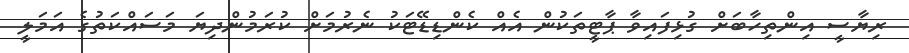
ރިޔާސީ އިންތިހާބަށް ގުޅިފައިވާ ޕާޓީތަކުން އެއް ކެންޑިޑޭޓަކު ނެރުމަށް ކުރަމުންދިޔަ މަސައްކަތުގެ އަމަލީ